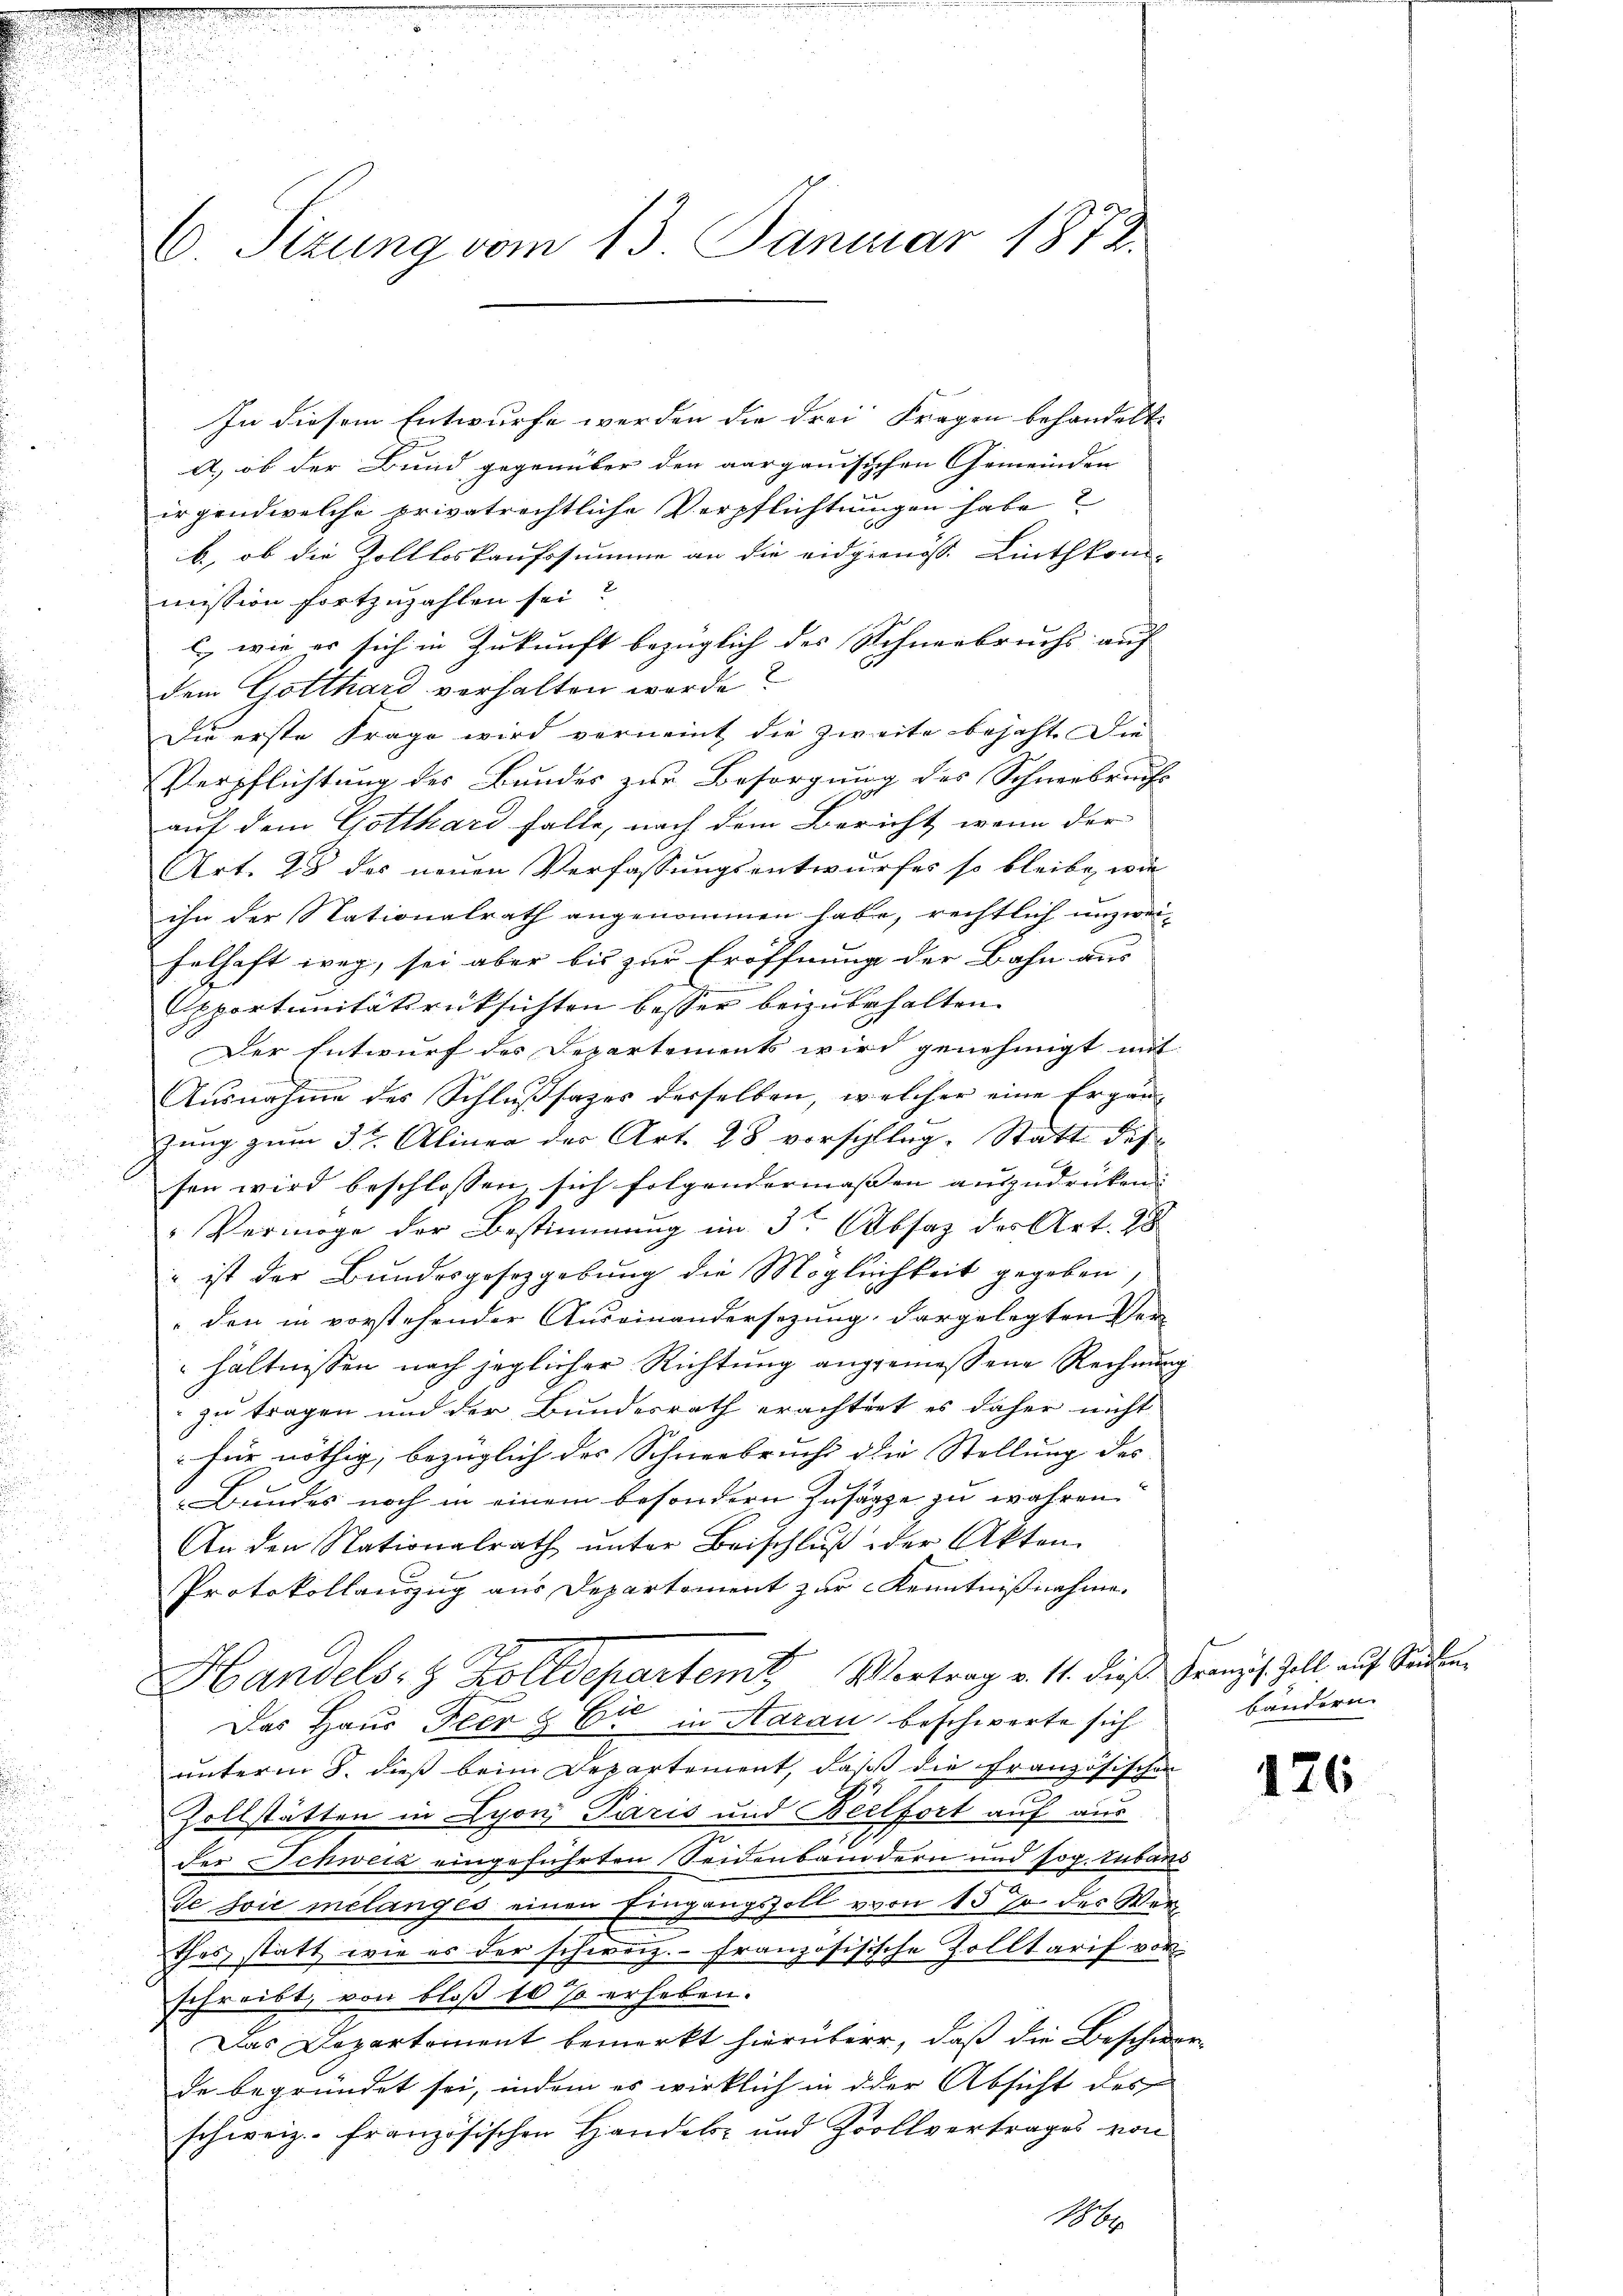
In diesem Entwurfe werden die drei Fragen behandelt.
A) ob der Bund gegenüber den aargauisischen Gemeinden |
irgendwelche privatrechtliche Verpflichtungen habe?
b., ob die Zollloskaufssumme an die eidgenöss. Linthkommission fortzuzahlen sei?
l., wie er sich in Zukunft bezüglich des Schneebruchs auf
dem Gotthard verhalten werde?
Die erste Frage wird verneint die zweite bejaht. Die
Verpflichtung des Bundes zur Besorgung des Schneebruchs
auf dem Gotthard falle, nach dem Bericht, wenn der
Art. 25 des neuen Verfassungsentwurfes so bleibe, wie
ihn der Nationalrath angenommen habe, rechtlich unzwei-
helhaft weg, sei aber bis zur Eröffnung der Bahn aus
Exportunitätsrücksichten besser beizubehalten.
Der Entwurf des Departements wird genehmigt mit
Ausnahme des Schlußsatzes derselben, welcher eine Ergän-
zung zum 3 ten Alinea der Art. 28 vorschlag. Statt des
sen wird beschlossen sich folgendermassen auszudrücken.
Vermöge der Bestimmung im 3ten Absaz des Art. 98
" ist der Bundesgesetzgebung die Möglichkeit gegeben,
den in vorstehender Auseinandersezung, dargelegten Verhältnissen nach jeglicher Richtung angemessene Rechnung
zu tragen und der Bundesrath erachtet es daher nicht
für nöthig, bezüglich der Schneebrucht die Stellung des
Bundes noch in einem besondern Zusage zu wahren.
An den Nationalrath unter Beischluß der Akten.
Protokollauszug aus Departement zur Kenntnißnahme.
Handels- & Zolldepartem Vortrag v. 11. dieß Franzis Zoll auf Seiten,
Das Haus Peer & Er in Aarau beschwerte sich
unterm 8. dieß beim Departement, daß die Französischen
Zollstätten in Lyon Paris und Beelfort auf aus
der Schweiz eingeführten Seidenbaudern und sog. Zubans
se sie melanges einen Eingangszoll vom 15 % des Werthes statt, wie es der schweiz.- französisische Zolltarif vor
schreibt, von bloß 10 % erheben.
Das Departement bemerkt hierüber, daß die Beschwe-
de begründet sei, indem es wirklich in der Absicht des
schweiz.- französischen Handels- und Zollvertrages von
186

C. Sizung vom 13. Januar 1872.

bändern.

126